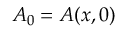
A _ { 0 } = A ( x , 0 )